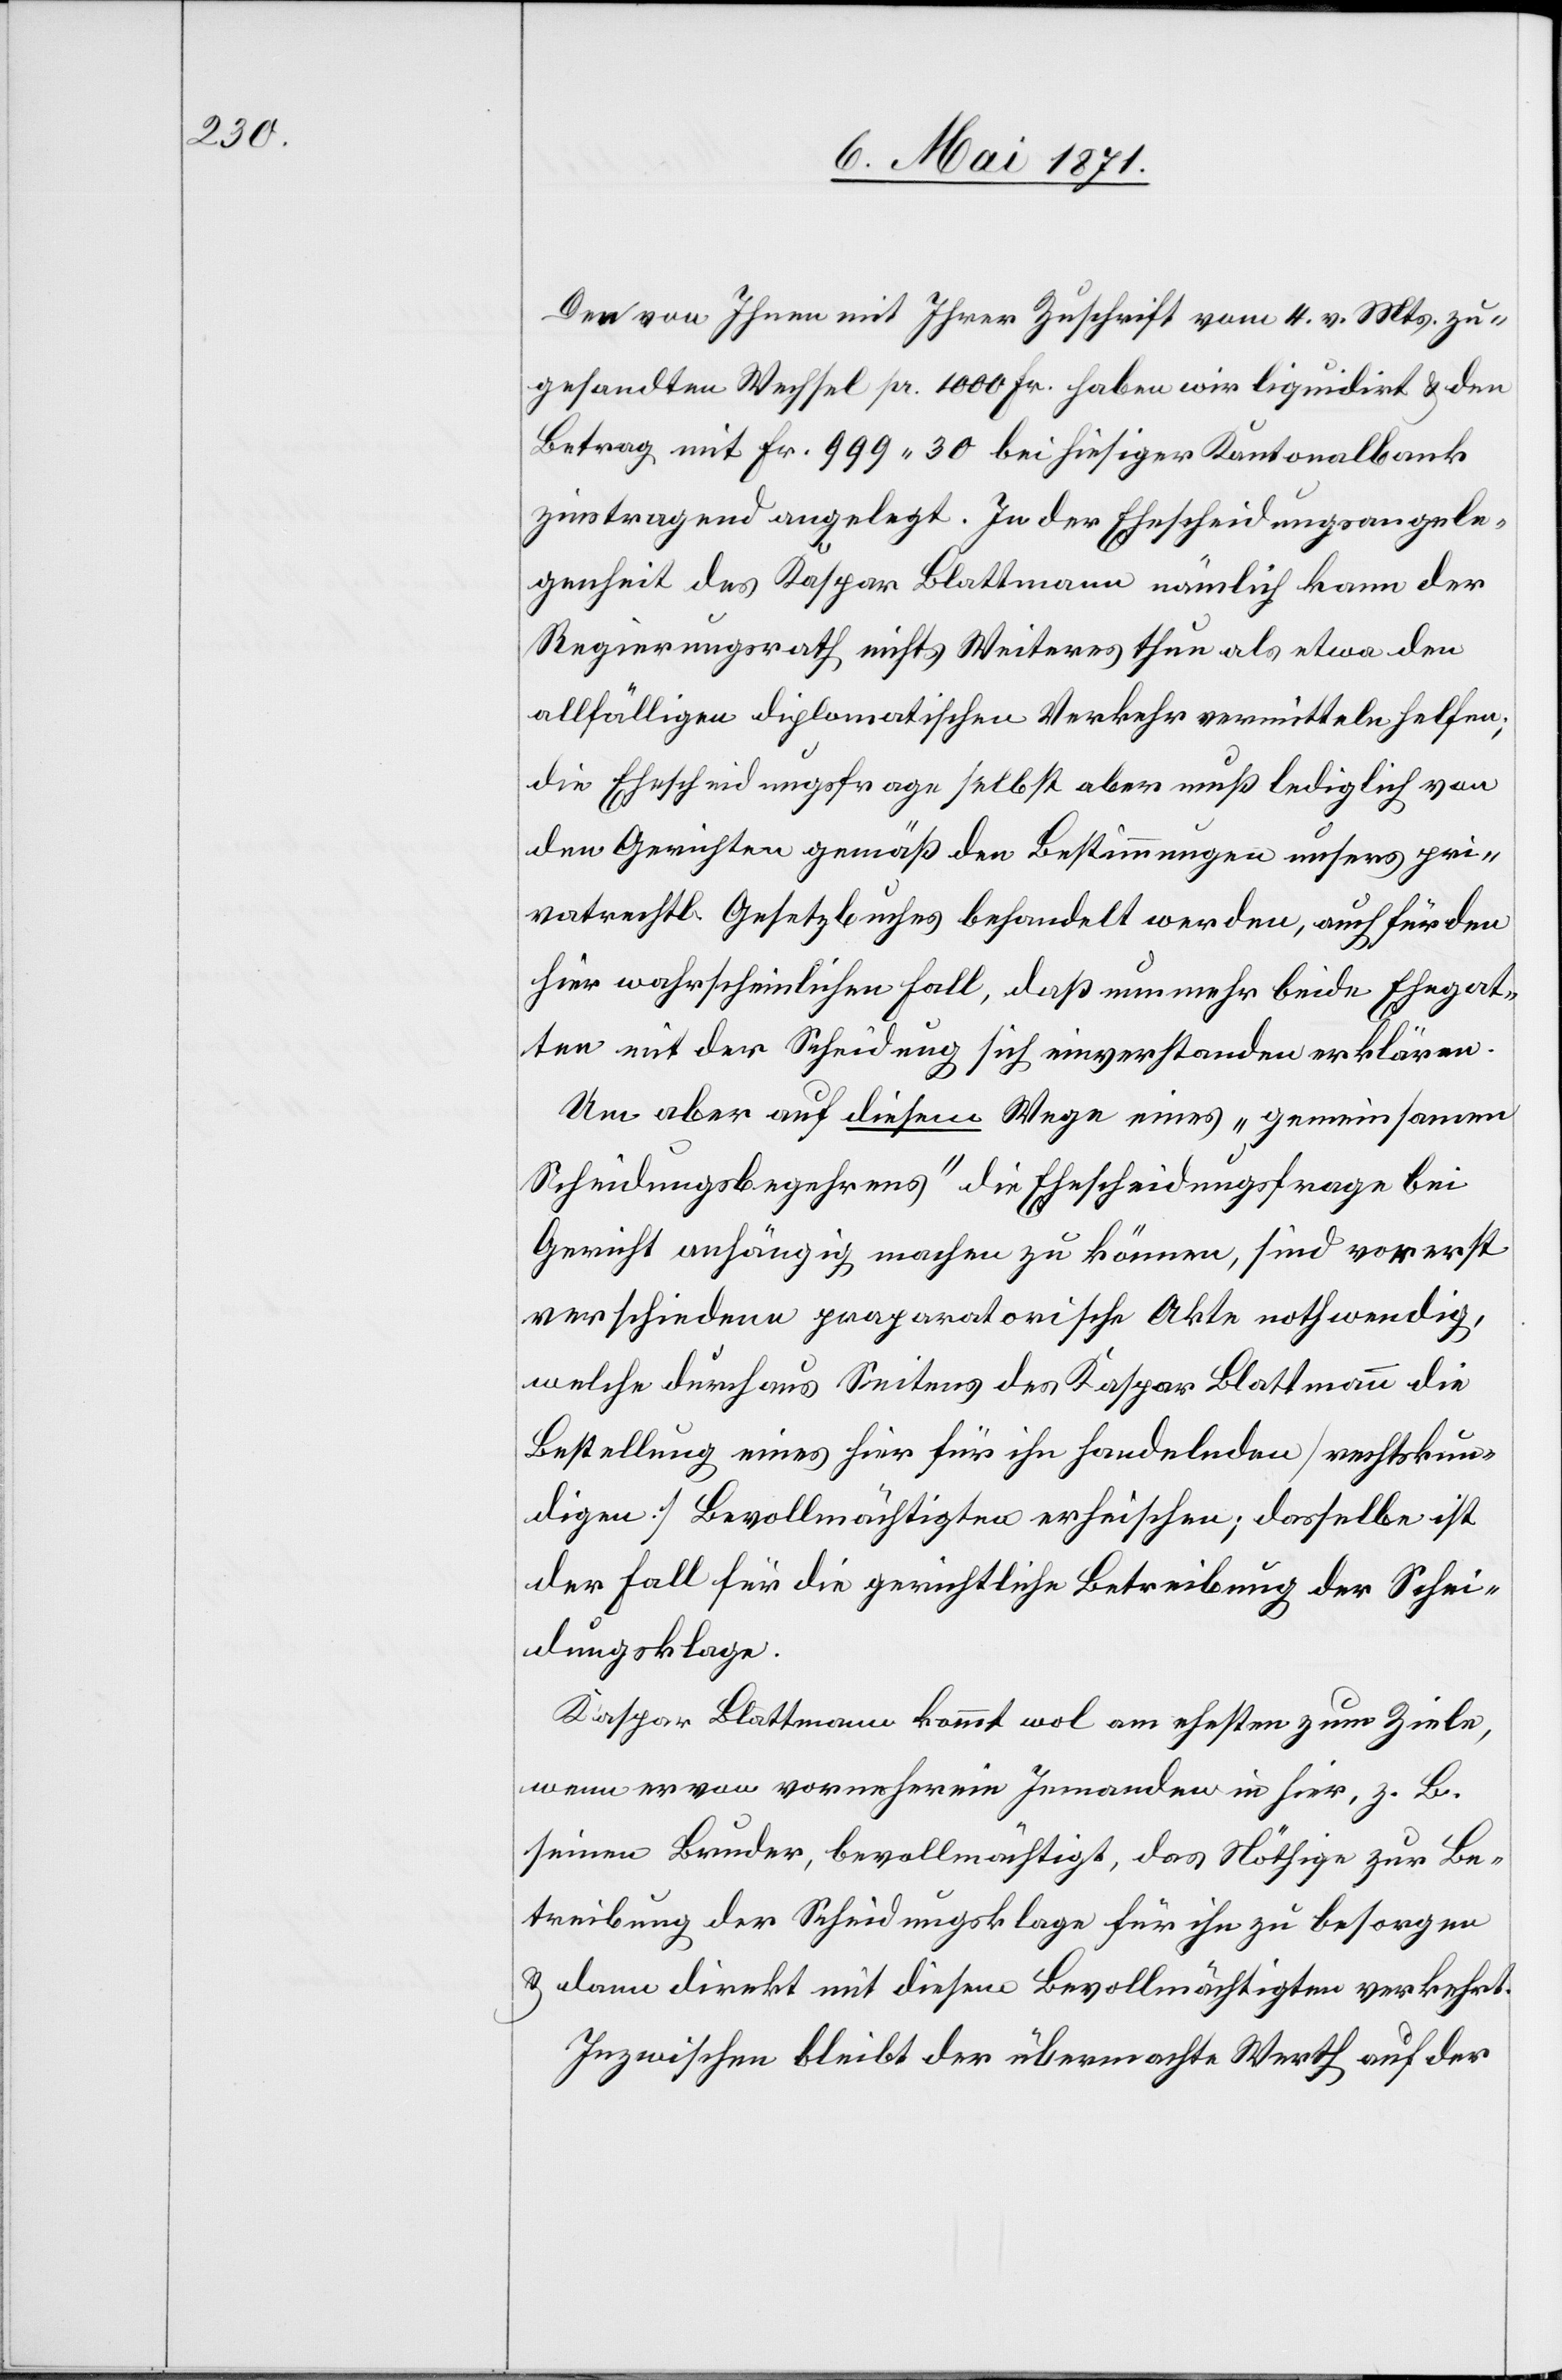
Den von Ihnen mit Ihrer Zuschrift vom 4. v. Mts. zu¬
gesandten Wechsel pr. 1000 Fr. haben wir liquidirt u. den
Betrag mit Fr. 999.30 bei hiesiger Kantonalbank
zinstragend angelegt. In der Ehescheidungsangele¬
genheit des Kaspar Blattmann nämlich kann der
Regierungsrath nichts Weiteres thun als etwa den
allfälligen diplomatischen Verkehr vermitteln helfen;
die Ehescheidungsfrage selbst aber muß lediglich von
den Gerichten gemäß den Bestimmungen unseres pri¬
vatrechtl. Gesetzbuches behandelt werden, auch für den
hier wahrscheinlichen Fall, daß nunmehr beide Ehegat¬
ten mit der Scheidung sich einverstanden erklären.
Um aber auf diesem Wege eines „gemeinsamen
Scheidungsbegehrens“ die Ehescheidungsfrage bei
Gericht anhängig machen zu können, sind vorerst
verschiedene praparatorische Akten nothwendig,
welche durchaus Seitens des Kaspar Blattmann die
Bestellung eines hier für ihn handelnden [rechtskun¬
digen] Bevollmächtigten erheischen; dasselbe ist
der Fall für die gerichtliche Betreibung der Schei¬
dungsklage.
Kaspar Blattmann kommt wol am ehesten zum Ziele,
wenn er von vorneherein Jemanden in hier, z. B.
seinen Bruder, bevollmächtigt, das Nöthige zur Be¬
treibung der Scheidungsklage für ihn zu besorgen
u. dann direkt mit diesem Bevollmächtigten verkehrt.
Inzwischen bleibt der übermachte Werth auf der